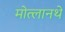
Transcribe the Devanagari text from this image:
मोत्लानथे